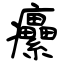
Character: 癳